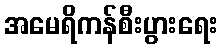
အမေရိကန်စီးပွားရေး